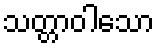
သတ္တာဝါသော